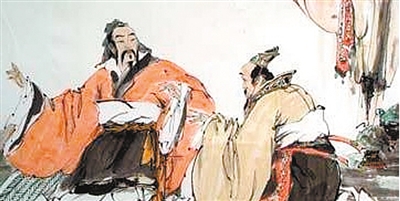
明足以察秋毫之末，而不见舆薪，则王许之乎？